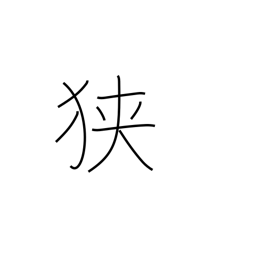
Meaning: tight